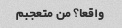
واقعا؟ من متعجبم